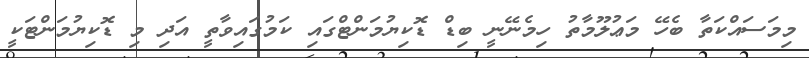
މިމަސައްކަތާ ބެހޭ މަޢުލޫމާތު ހިމެނޭނީ ބިޑް ޑޮކިޔުމަންޓްގައި ކަމުގައިވާތީ އަދި މި ޑޮކިޔުމަންޓަކީ